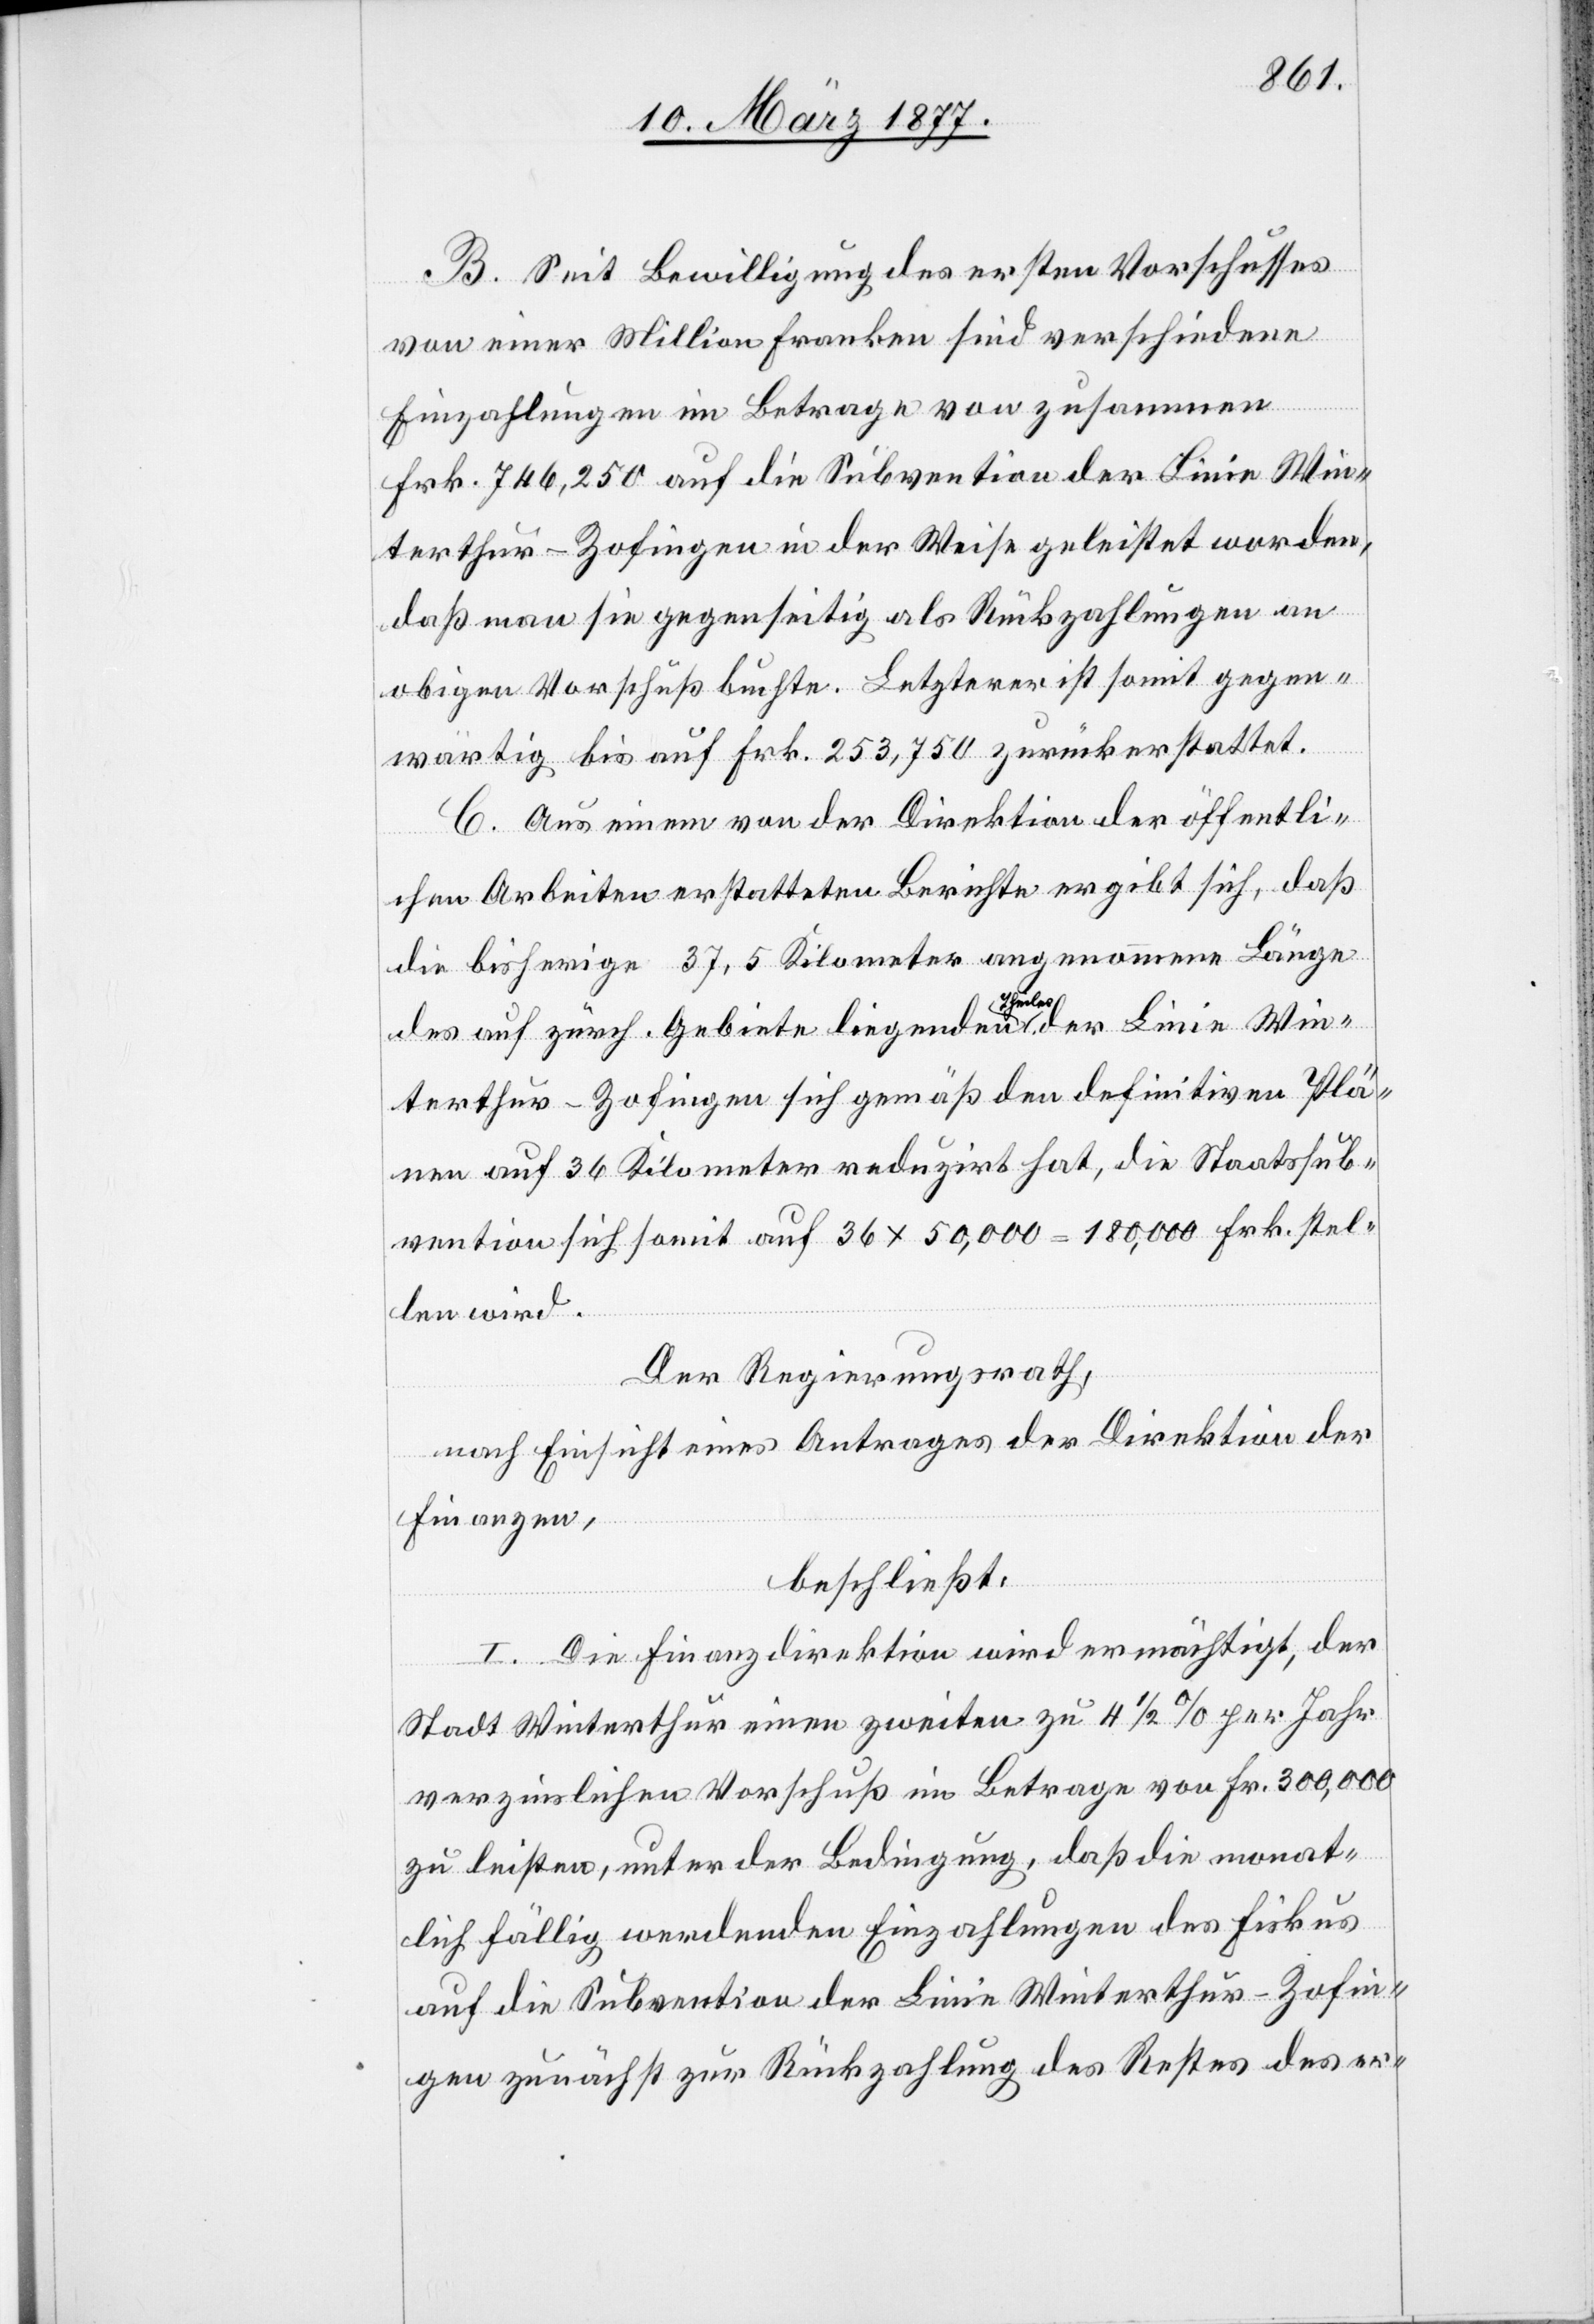
B. Seit Bewilligung des ersten Vorschusses
von einer Million Franken sind verschiedene
Einzahlungen im Betrage von zusammen
Frk. 746,250 auf die Subvention der Linie Win¬
terthur–Zofingen in der Weise geleistet worden,
daß man sie gegenseitig als Rückzahlungen an
obigen Vorschuß buchte. Letzterer ist somit gegen¬
wärtig bis auf Frk. 253,750 zurückerstattet.
C. Aus einem von der Direktion der öffentli¬
chen Arbeiten erstatteten Berichte ergibt sich, daß
die bisherige 37,5 Kilometer angenommene Länge
des auf zürch. Gebiete liegenden Theiles der Linie Win¬
terthur–Zofingen sich gemäß den definitiven Plä¬
nen auf 36 Kilometer reduzirt hat, die Staatssub¬
vention sich somit auf 36 x 50,000 = 180,000 [sic!] Frk. stel¬
len wird.
Der Regierungsrath,
nach Einsicht eines Antrages der Direktion der
Finanzen,
beschließt:
I. Die Finanzdirektion wird ermächtigt, der
Stadt Winterthur einen zweiten zu 4 1/2% per Jahr
verzinslichen Vorschuß im Betrage von Fr. 300,000
zu leisten, unter der Bedingung, daß die monat¬
lich fällig werdenden Einzahlungen des Fiskus
auf die Subvention der Linie Winterthur–Zofin¬
gen zunächst zur Rückzahlung des Restes des er-